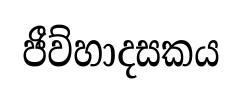
ජීව්හාදසකය